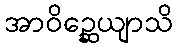
အာဝိဉ္ဆေယျာသိ